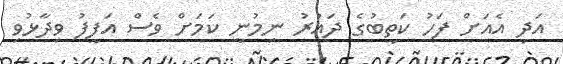
އަދި އެއަށް ފަހު ކަތީބުގެ ދައުރު ނިމުނީ ކަމަށް ވެސް އަފީފު ވިދާޅުވި